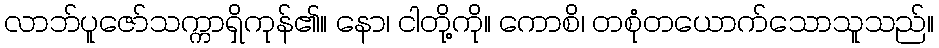
လာဘ်ပူဇော်သက္ကာရှိကုန်၏။ နော၊ ငါတို့ကို။ ကောစိ၊ တစုံတယောက်သောသူသည်။